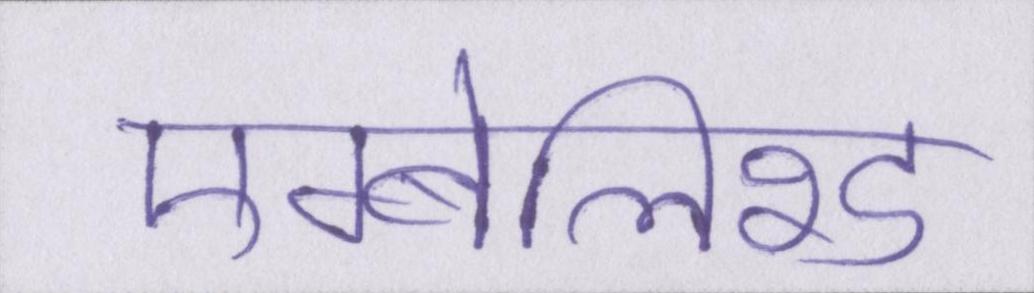
एम्बेलिश्ड